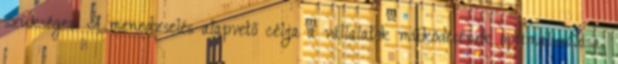
szükséges. A menedzselés alapvető célja a vállalatok működésének optimalizálása,